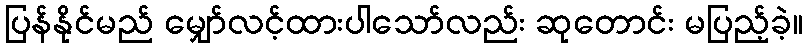
ပြန်နိုင်မည် မျှော်လင့်ထားပါသော်လည်း ဆုတောင်း မပြည့်ခဲ့။